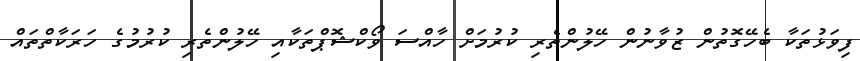
ފިވަޅުތަކާ ބެހޭގޮތުން ޒުވާނުން ހޭލުންތެރި ކުރުމަށް ހާއްސަ ވޯކްޝޮޕްތަކާއި ހޭލުންތެރި ކުރުމުގެ ހަރަކާތްތައް